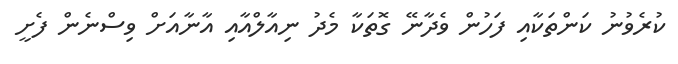
ކުރެވުނު ކަންތަކާއި ފަހުން ވެދާނޭ ގޮތަކާ މެދު ނިއާލްއާއި އާާނާއަށް ވިސްނެން ފެށީ